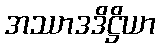
အဿာဒဒိဋ္ဌိယာ